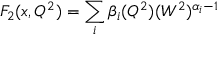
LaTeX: F _ { 2 } ( x , Q ^ { 2 } ) = \sum _ { i } \beta _ { i } ( Q ^ { 2 } ) ( W ^ { 2 } ) ^ { \alpha _ { i } - 1 }